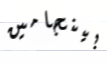
بينجامين